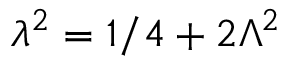
\lambda ^ { 2 } = 1 / 4 + 2 \Lambda ^ { 2 }